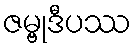
ဇမ္ဗုဒီပဿ